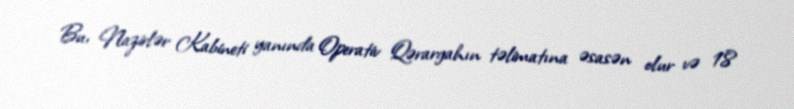
Bu, Nazirlər Kabineti yanında Operativ Qərargahın təlimatına əsasən olur və 18